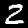
Label: 2